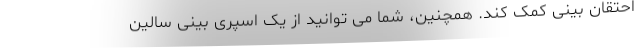
احتقان بینی کمک کند. همچنین، شما می توانید از یک اسپری بینی سالین